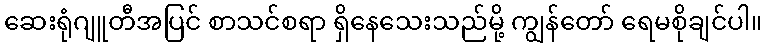
ဆေးရုံဂျူတီအပြင် စာသင်စရာ ရှိနေသေးသည်မို့ ကျွန်တော် ရေမစိုချင်ပါ။